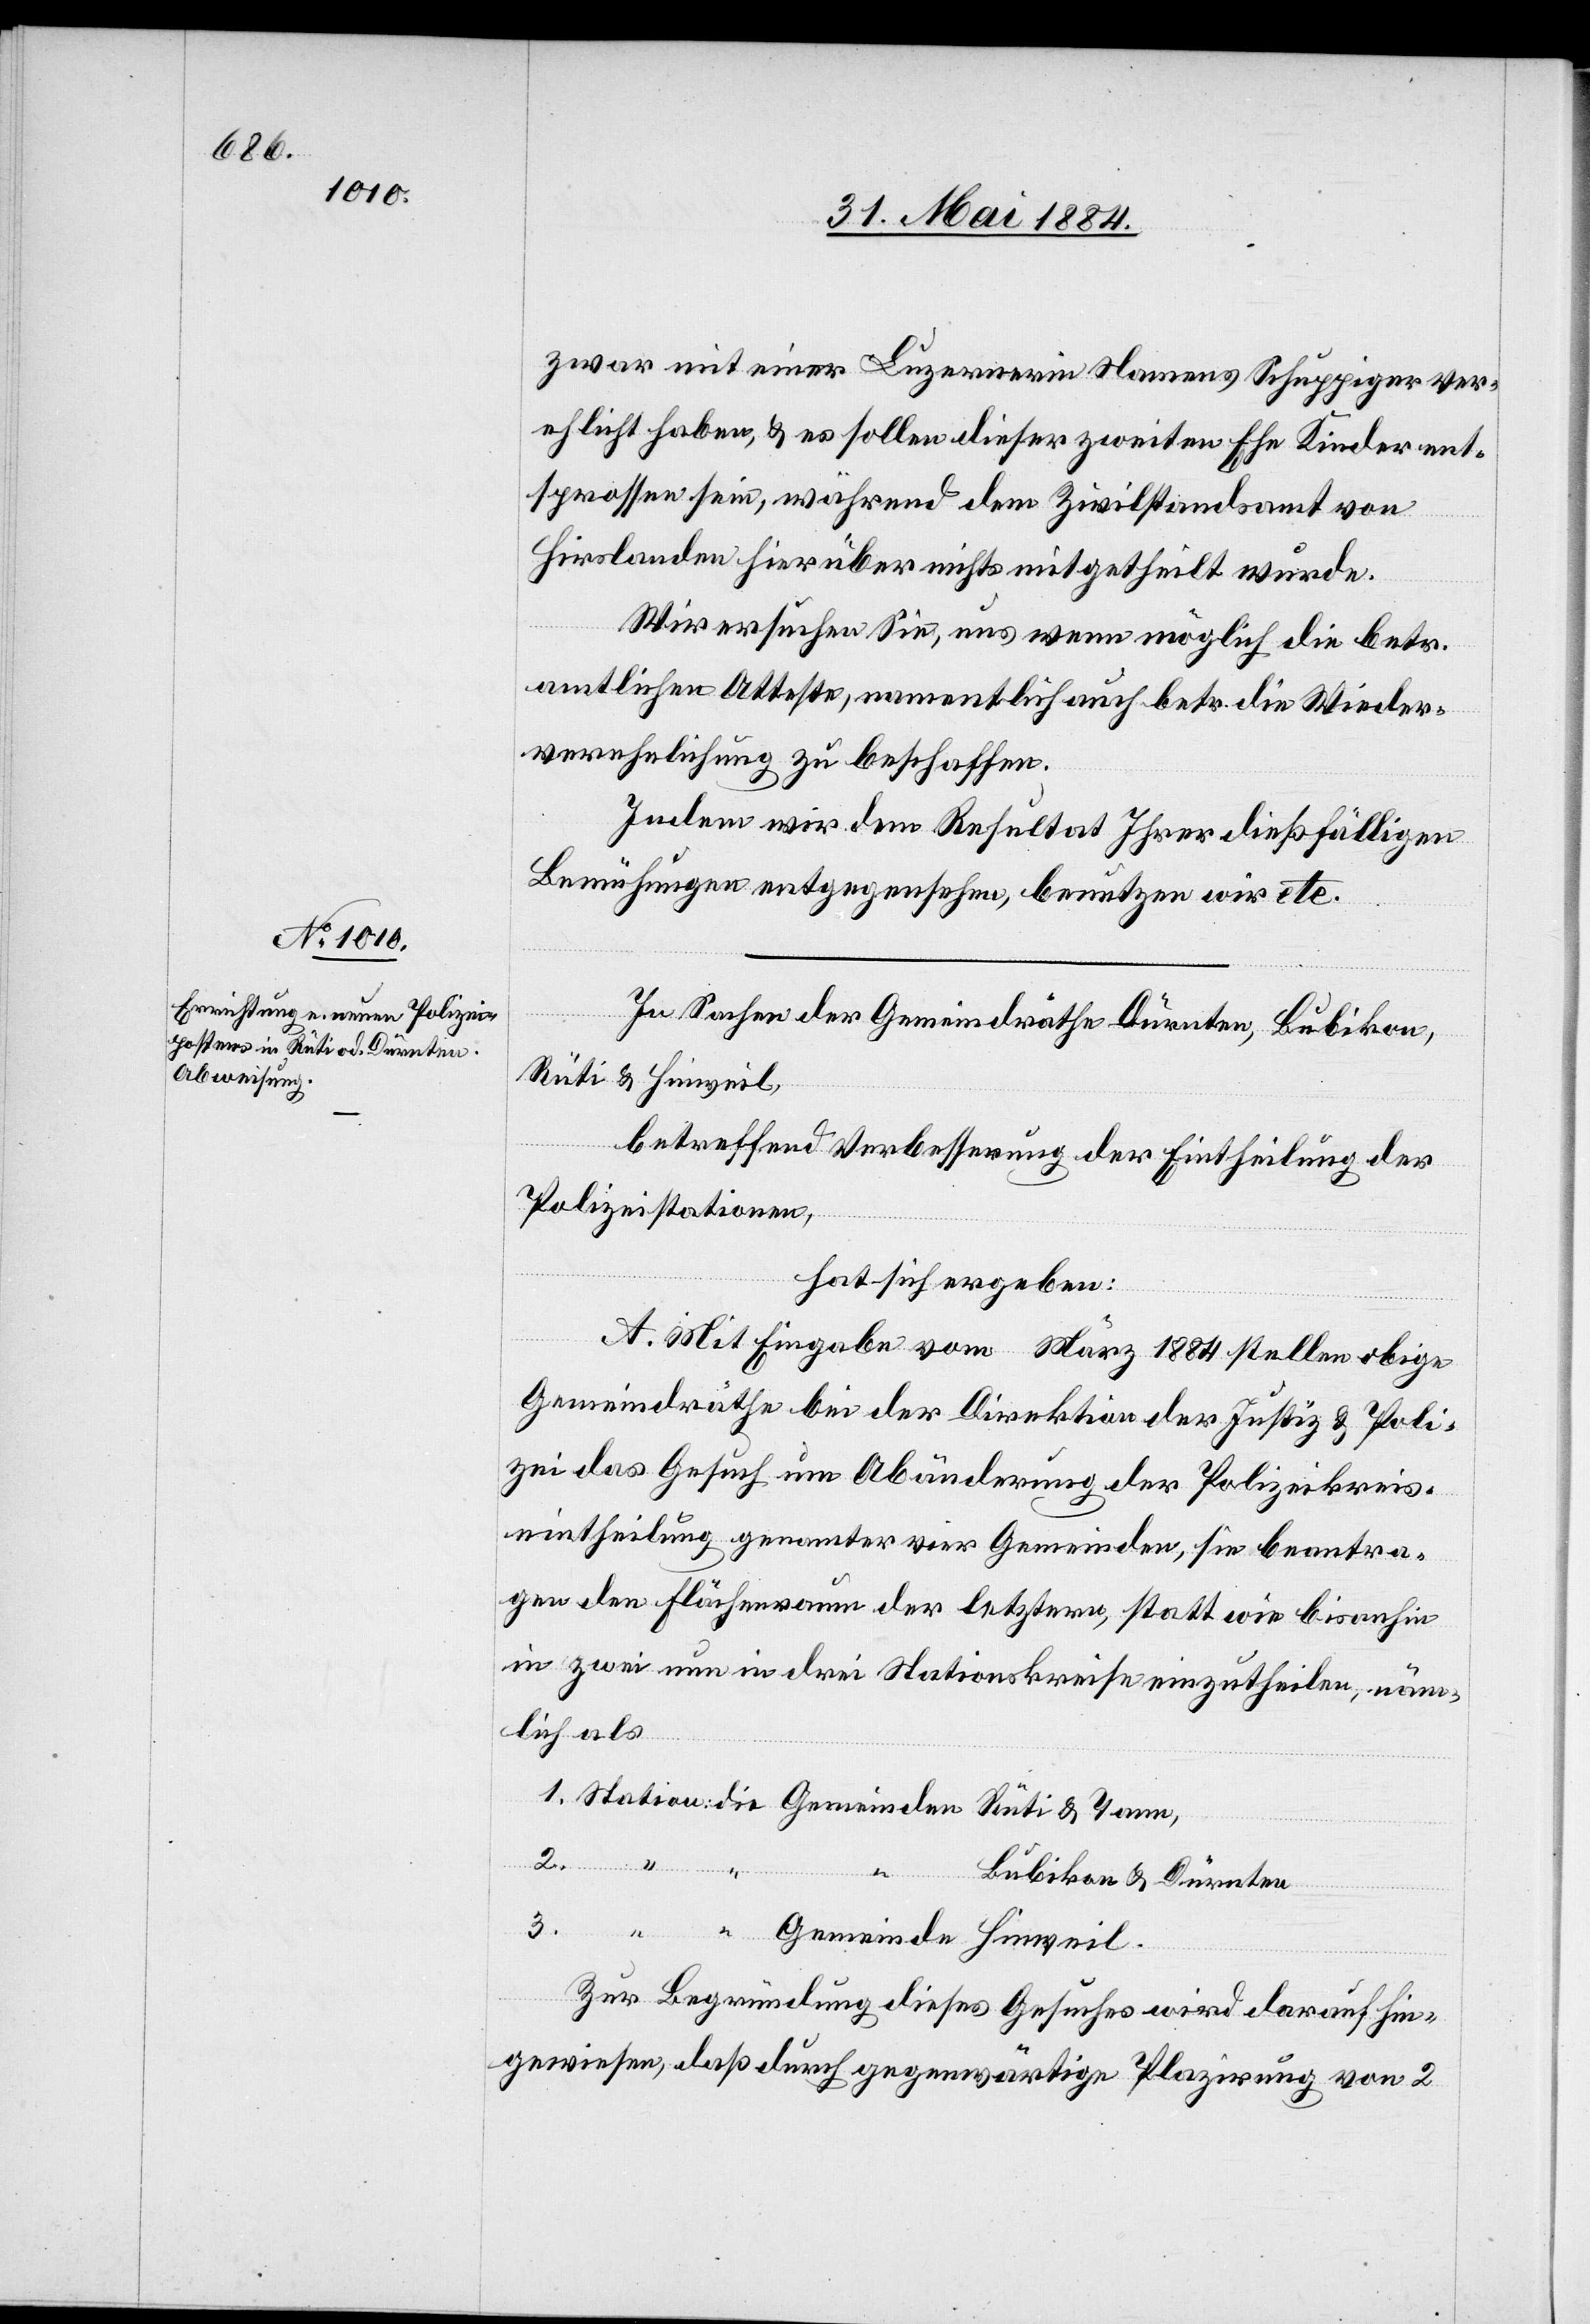
zwar mit einer Luzernerin Namens Schuppiger ver¬
eh[e]licht haben, & es sollen dieser zweiten Ehe Kinder ent¬
sprossen sein, während dem Zivilstandsamt von
Tann,
Hirslanden hierüber nichts mitgetheilt wurde.
Wir ersuchen Sie, uns wenn möglich die betr.
amtlichen Atteste, namentlich auch betr. die Wieder¬
verehelichung zu beschaffen.
Indem wir dem Resultat Ihrer dießfälligen
Bemühungen entgegensehen, benutzen wir etc.
In Sachen der Gemeindräthe Dürnten, Bubikon,
Rüti & Hinweil,
betreffend Verbesserung der Eintheilung der
Polizeistationen,
hat sich ergeben:
A. Mit Eingabe vom März 1884 stellen obige
Gemeindräthe bei der Direktion der Justiz & Poli¬
zei das Gesuch um Abänderung der Polizeikreis¬
eintheilung genannter vier Gemeinden, sie beantra¬
gen den Flächenraum der letztern, statt wie bis anhin
in zwei nun in drei Stationskreise einzutheilen, näm¬
lich als
Bubikon & Dürnten
3.
2.
Hinweil.
Rüti
Zur Begründung dieses Gesuches wird darauf hin¬
gewiesen, daß durch gegenwärtige Plazirung von 2